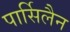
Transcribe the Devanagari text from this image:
पार्सिलैन